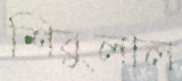
শিবুলাল